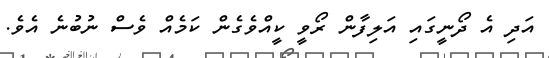
އަދި އެ ދޯނީގައި އަލިފާން ރޯވީ ކީއްވެގެން ކަމެއް ވެސް ނުބުނެ އެވެ.